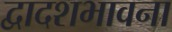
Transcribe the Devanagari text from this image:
द्वादशभावना